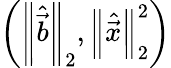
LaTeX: \left({\left\| \hat{\vec{b}}\right\| }_{2},{\left\| \hat{\vec{x}}\right\| }_{2}^{2}\right)